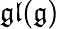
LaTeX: {\mathfrak{gl}}({\mathfrak{g}})